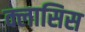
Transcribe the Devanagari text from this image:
क्लासिस